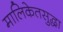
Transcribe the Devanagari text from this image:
मालिकेतसुद्धा